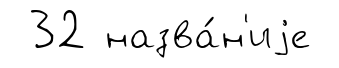
32 назва́н'иjе